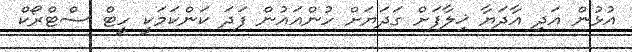
އުޅުން އަދި އާދަޔާ ޚިލާފަށް ގަދަޔަށް ހުންއައުން ފަދަ ކަންކަމަކީ ހީޓް ސްޓްރޯކް